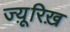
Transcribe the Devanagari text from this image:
ज्यू़रिख़